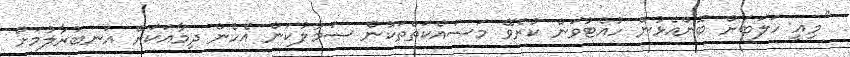
"މިއީ ހަލަބަށް ބޮންއެޅުން ހުއްޓުވަން ކުރެވޭ މަސައްކަތްތަކުން ސަމާލުކަން އެހެން ދިމާއަކަށް އަނބުރާލުމަށް